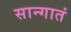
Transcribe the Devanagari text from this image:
सान्गातं